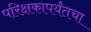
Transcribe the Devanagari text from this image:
परिक्षकापर्यंतचा